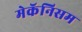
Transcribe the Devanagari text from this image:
मेकॅनिसम